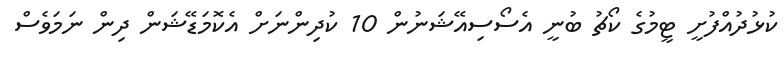
ކުޅުދުއްފުށީ ޓީމުގެ ކޯޗު ބުނީ އެސޯސިއޭޝަނުން 10 ކުދިންނަށް އެކޮމަޑޭޝަން ދިން ނަމަވެސް